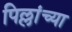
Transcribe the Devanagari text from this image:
पिल्लांच्या